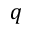
q